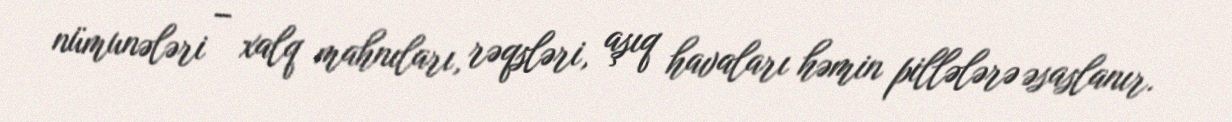
nümunələri – xalq mahnıları, rəqsləri, aşıq havaları həmin pillələrə əsaslanır.